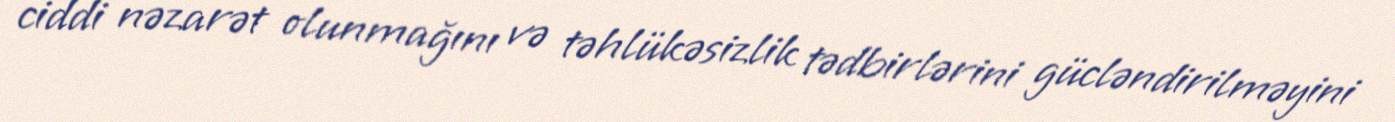
ciddi nəzarət olunmağını və təhlükəsizlik tədbirlərini gücləndirilməyini